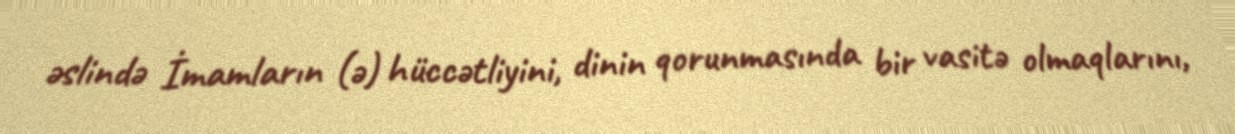
əslində İmamların (ə) hüccətliyini, dinin qorunmasında bir vasitə olmaqlarını,